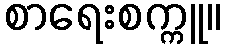
စာရေးစက္ကူ။